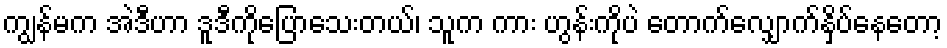
ကျွန်မက အဲဒီဟာ ဒူဒီကိုပြောသေးတယ်၊ သူက ကား ဟွန်းကိုပဲ တောက်လျှောက်နှိပ်နေတော့